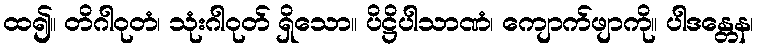
ထ၍။ တိဂါဝုတံ၊ သုံးဂါဝုတ် ရှိသော။ ပိဋ္ဌိပါသာဏံ၊ ကျောက်ဖျာကို။ ပါဒန္တေန၊